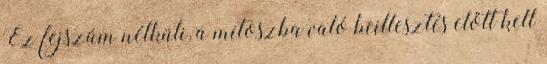
Ez fejszám nélküli, a mítoszba való beillesztés előtt kell